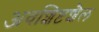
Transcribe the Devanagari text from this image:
अवशिष्टशैल